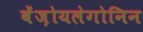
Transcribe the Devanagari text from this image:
बेंज़ोयलेगोनिन